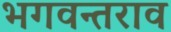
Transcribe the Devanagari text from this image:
भगवन्तराव